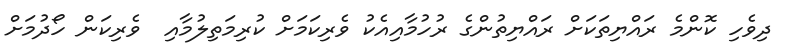
ދިވެހި ކޮންމެ ރައްޔިތަކަށް ރައްޔިތުންގެ ރުހުމާއިއެކު ވެރިކަމަށް ކުރިމަތިލުމާއި  ވެރިކަން ހޯދުމަށް